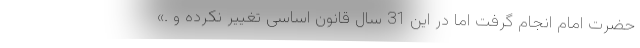
حضرت امام انجام گرفت اما در این 31 سال قانون اساسی تغییر نکرده و .»